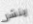
ينشر